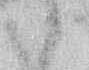
候